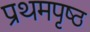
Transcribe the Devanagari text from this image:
प्रथमपृष्ठ